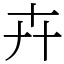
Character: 𠦄